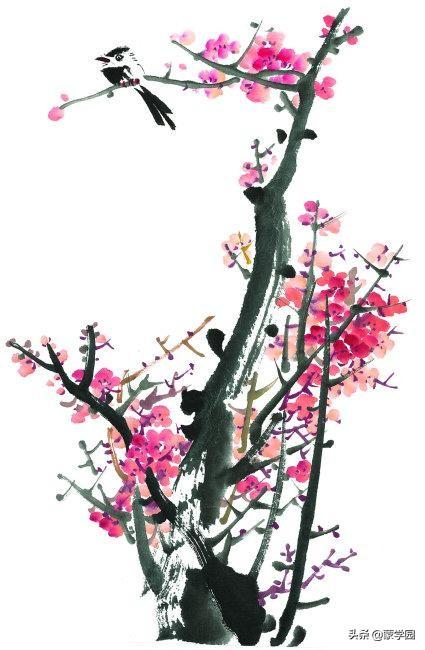
但梦想一枝潇洒，黄昏斜照水。